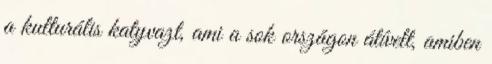
a kulturális katyvazt, ami a sok országon átívelt, amiben